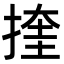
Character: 㨒